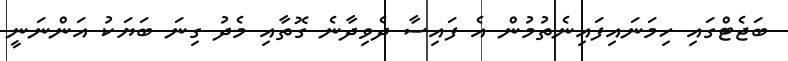
ބަޖެޓްގައި ހިމަނައިފައިނެތުމުން އެ ފައިސާ ދެވިދާނެ ގޮތާއި މެދު ގިނަ ބަޔަކު އަންނަނީ